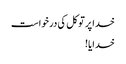
خدا پر توکل کی درخواست
خدایا!